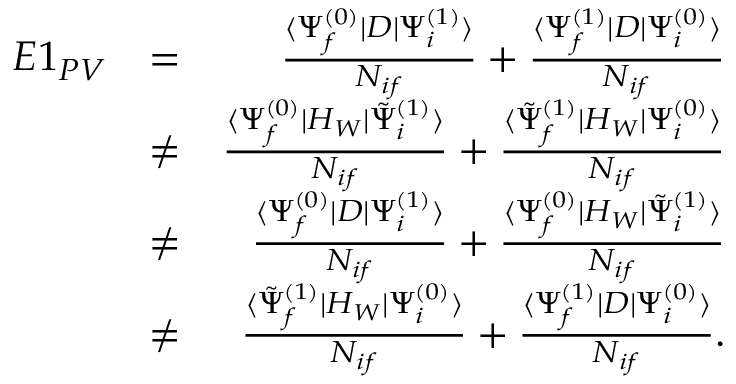
\begin{array} { r l r } { E 1 _ { P V } } & { = } & { \frac { \langle \Psi _ { f } ^ { ( 0 ) } | D | \Psi _ { i } ^ { ( 1 ) } \rangle } { { \cal N } _ { i f } } + \frac { \langle \Psi _ { f } ^ { ( 1 ) } | D | \Psi _ { i } ^ { ( 0 ) } \rangle } { { \cal N } _ { i f } } } \\ & { \ne } & { \frac { \langle \Psi _ { f } ^ { ( 0 ) } | H _ { W } | \tilde { \Psi } _ { i } ^ { ( 1 ) } \rangle } { { \cal N } _ { i f } } + \frac { \langle \tilde { \Psi } _ { f } ^ { ( 1 ) } | H _ { W } | \Psi _ { i } ^ { ( 0 ) } \rangle } { { \cal N } _ { i f } } } \\ & { \ne } & { \frac { \langle \Psi _ { f } ^ { ( 0 ) } | D | \Psi _ { i } ^ { ( 1 ) } \rangle } { { \cal N } _ { i f } } + \frac { \langle \Psi _ { f } ^ { ( 0 ) } | H _ { W } | \tilde { \Psi } _ { i } ^ { ( 1 ) } \rangle } { { \cal N } _ { i f } } } \\ & { \ne } & { \frac { \langle \tilde { \Psi } _ { f } ^ { ( 1 ) } | H _ { W } | \Psi _ { i } ^ { ( 0 ) } \rangle } { { \cal N } _ { i f } } + \frac { \langle \Psi _ { f } ^ { ( 1 ) } | D | \Psi _ { i } ^ { ( 0 ) } \rangle } { { \cal N } _ { i f } } . } \end{array}